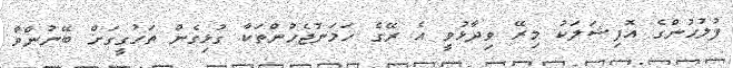
ފުލުހުންގެ އޮފިޝަލަކު މިރޭ ވިދާޅުވީ އެ ރޭގެ ހަމަނުޖެހުންތަކާ ގުޅިގެން ތަހުގީގަށް ބޭނުންވާ